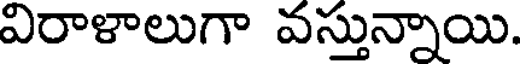
విరాళాలుగా వస్తున్నాయి.